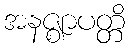
အနဇ္ဈာပတ္တိ